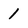
Character: 1